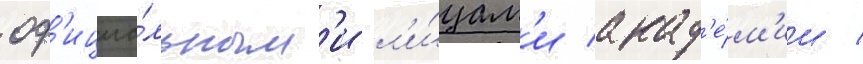
оф'ициа́льным'и л'и́цам'и акад'е́м'ии /